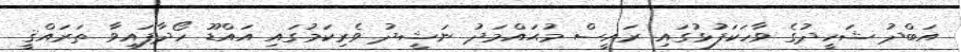
އަބްދު ޝަހީދުގެ ވާހަކަފުޅުގައި ރައީސް މުޙައްމަދު ނަޝީދު ވެރިކަމުގައި އައްޑޫ ހޯދާފައިވާ ތަރައްޤީ